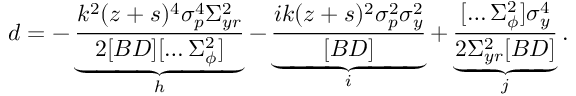
d = - \underbrace { \frac { k ^ { 2 } ( z + s ) ^ { 4 } \sigma _ { p } ^ { 4 } \Sigma _ { y r } ^ { 2 } } { 2 [ B D ] [ \hdots \Sigma _ { \phi } ^ { 2 } ] } } _ { h } - \underbrace { \frac { i k ( z + s ) ^ { 2 } \sigma _ { p } ^ { 2 } \sigma _ { y } ^ { 2 } } { [ B D ] } } _ { i } + \underbrace { \frac { [ \hdots \Sigma _ { \phi } ^ { 2 } ] \sigma _ { y } ^ { 4 } } { 2 \Sigma _ { y r } ^ { 2 } [ B D ] } } _ { j } .